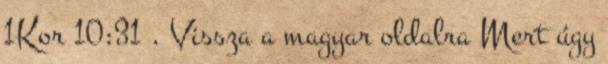
1Kor 10:31 . Vissza a magyar oldalra Mert úgy